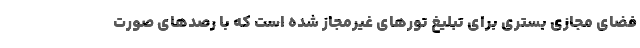
فضای مجازی بستری برای تبلیغ تورهای غیرمجاز شده است که با رصدهای صورت